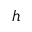
h